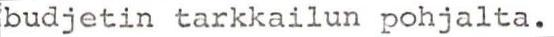
budjetin tarkkailun pohjalta.